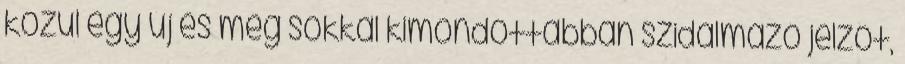
közül egy új és még sokkal kimondottabban szidalmazó jelzőt,